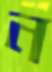
ন